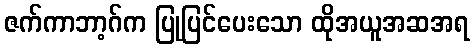
ဇက်ကာဘာ့ဂ်က ပြုပြင်ပေးသော ထိုအယူအဆအရ